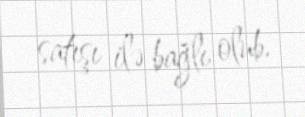
satışı ilə bağlı olub.